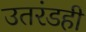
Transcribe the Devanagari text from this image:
उतरंडही